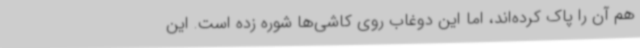
هم آن را پاک‌ کرده‌اند، اما این دوغاب روی کاشی‌ها شوره زده است. این